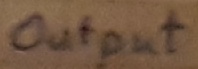
Text: Output